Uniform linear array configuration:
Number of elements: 12
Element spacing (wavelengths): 1
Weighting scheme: binomial
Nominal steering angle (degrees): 60
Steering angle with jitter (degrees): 58.582
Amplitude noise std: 0.05
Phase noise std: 0.05

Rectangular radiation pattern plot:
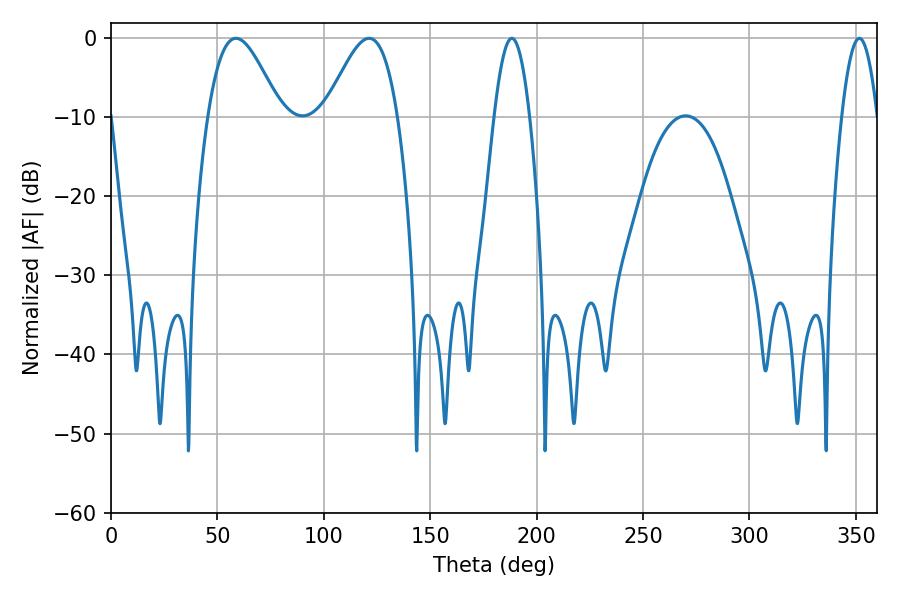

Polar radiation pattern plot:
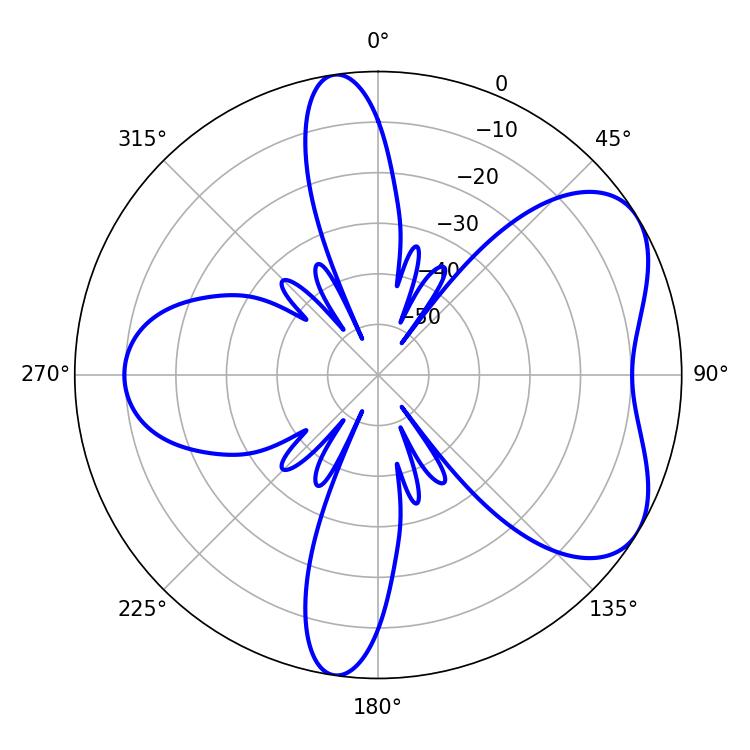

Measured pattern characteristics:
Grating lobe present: TRUE
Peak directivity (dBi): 5.674
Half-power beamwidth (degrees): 18.18
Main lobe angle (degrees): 58.68